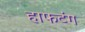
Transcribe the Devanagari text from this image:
हाफटंग